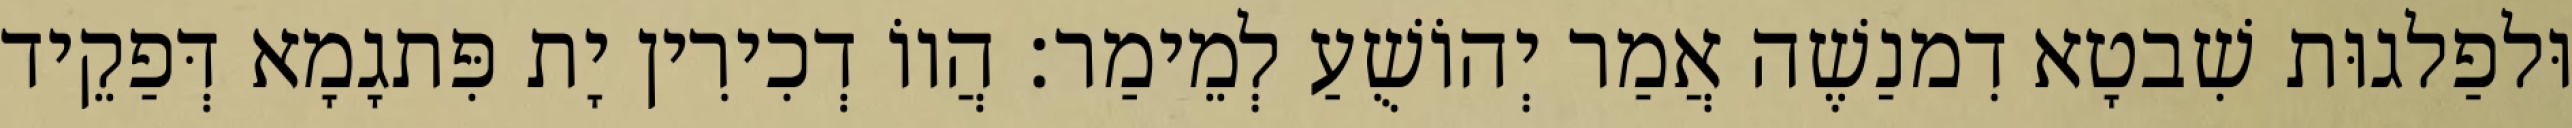
וּלפַלגוּת שִׁבטָא דִמנַשֶׁה אֲמַר יְהוֹשֻׁעַ לְמֵימַר׃ הֲווֹ דְכִירִין יָת פִּתגָמָא דְּפַקֵיד